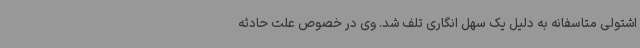
اشتولی متاسفانه به دلیل یک سهل انگاری تلف شد. وی در خصوص علت حادثه